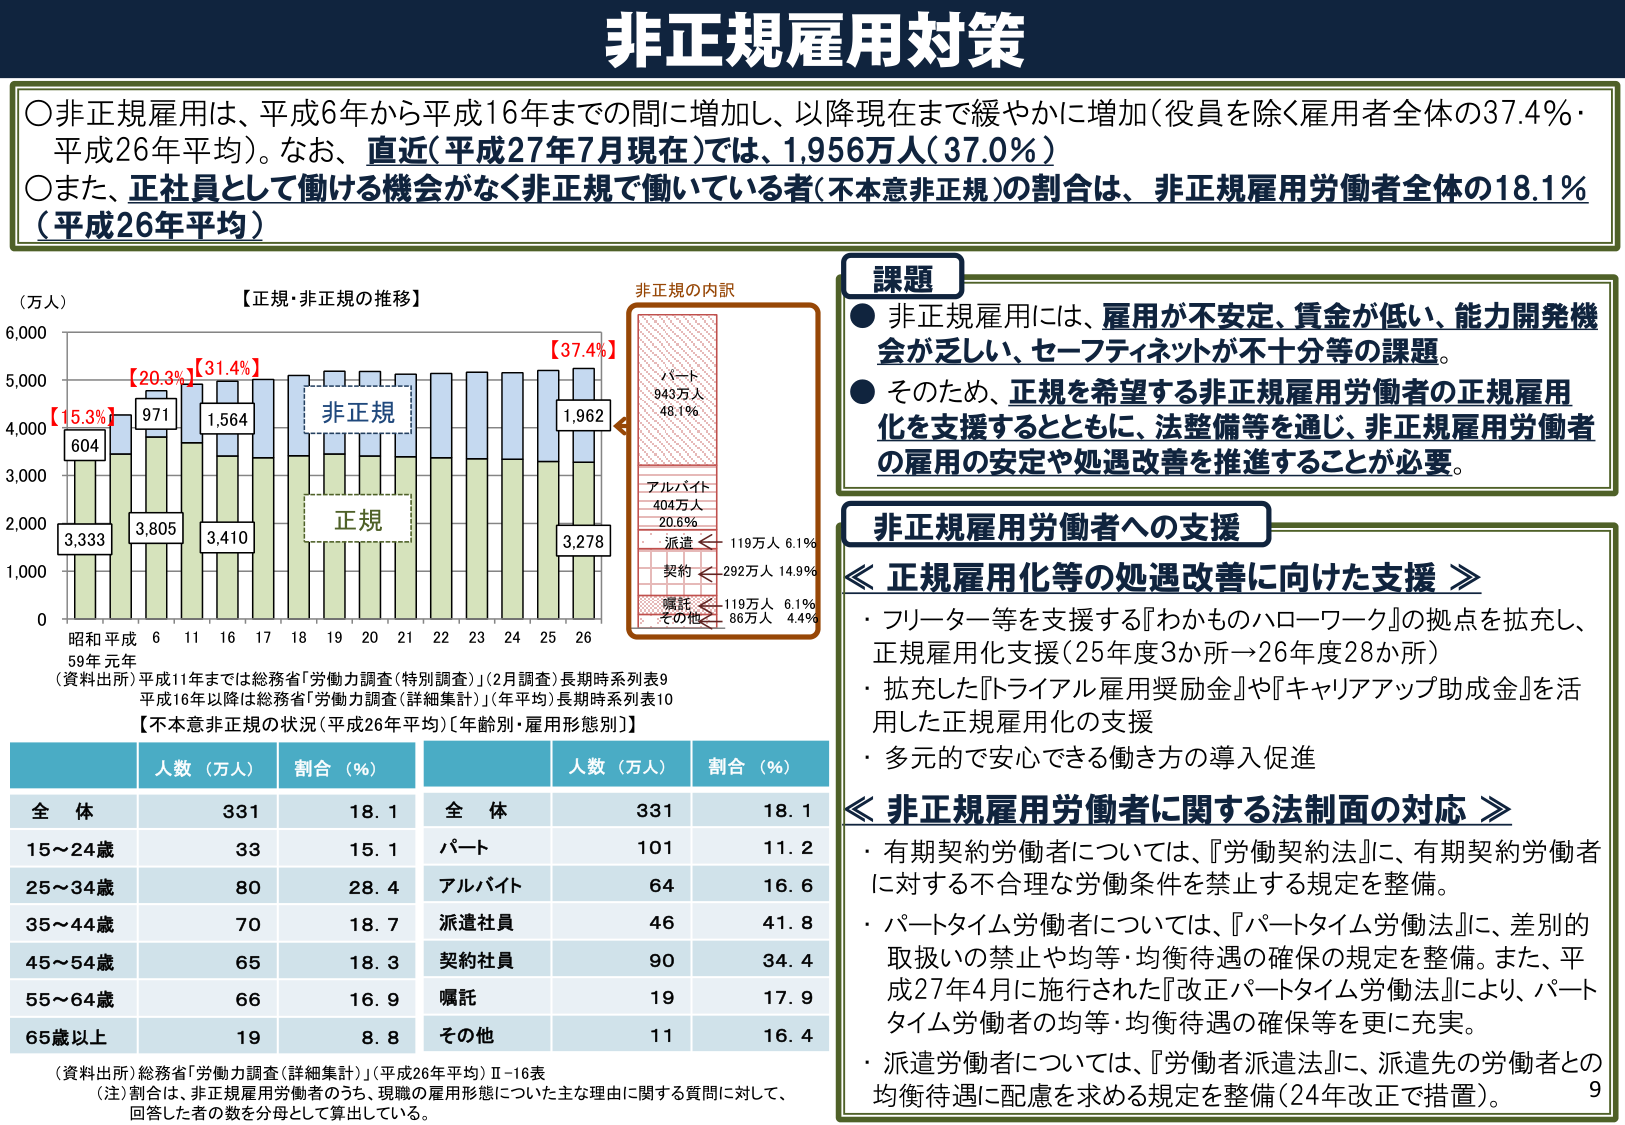
非正規雇用対策

○非正規雇用は、平成6年から平成16年までの間に増加し、以降現在まで緩やかに増加（役員を除く雇用者全体の37.4％・平成26年平均）。なお、直近（平成27年7月現在）では、1,956万人（37.0％）

○また、正社員として働ける機会がなく非正規で働いている者（不本意非正規）の割合は、非正規雇用労働者全体の18.1％（平成26年平均）

【正規・非正規の推移】
（万人）
6,000
5,000
4,000
3,000
2,000
1,000
0
昭和59年元年 平成6 11 16 17 18 19 20 21 22 23 24 25 26
【15.3%】 604 971 【20.3%】 【31.4%】 【37.4%】
3,333 3,805 3,410 1,962 3,278
非正規
正規

非正規の内訳
パート 943万人 48.1％
アルバイト 404万人 20.6％
派遣 119万人 6.1％
契約 292万人 14.9％
嘱託 119万人 6.1％
その他 86万人 4.4％

（資料出所）平成11年までは総務省「労働力調査（特別調査）」（2月調査）長期時系列表9
平成16年以降は総務省「労働力調査（詳細集計）」（年平均）長期時系列表10

【不本意非正規の状況（平成26年平均）［年齢別・雇用形態別］】

人数（万人） 割合（％）
全 体 331 18.1
15～24歳 33 15.1
25～34歳 80 28.4
35～44歳 70 18.7
45～54歳 65 18.3
55～64歳 66 16.9
65歳以上 19 8.8

人数（万人） 割合（％）
全 体 331 18.1
パート 101 11.2
アルバイト 64 16.6
派遣社員 46 41.8
契約社員 90 34.4
嘱託 19 17.9
その他 11 16.4

（資料出所）総務省「労働力調査（詳細集計）」（平成26年平均）Ⅱ-16表
（注）割合は、非正規雇用労働者のうち、現職の雇用形態について主な理由に関する質問に対して、
回答した者の数を分母として算出している。

課題
● 非正規雇用には、雇用が不安定、賃金が低い、能力開発機会が乏しい、セーフティネットが不十分等の課題。
● そのため、正規を希望する非正規雇用労働者の正規雇用化を支援するとともに、法整備等を通じ、非正規雇用労働者の雇用の安定や処遇改善を推進することが必要。

非正規雇用労働者への支援

≪ 正規雇用化等の処遇改善に向けた支援 ≫
・ フリーター等を支援する『わかものハローワーク』の拠点を拡充し、正規雇用化支援（25年度3か所→26年度28か所）
・ 拡充した『トライアル雇用奨励金』や『キャリアアップ助成金』を活用した正規雇用化の支援
・ 多元的で安心できる働き方の導入促進

≪ 非正規雇用労働者に関する法制面の対応 ≫
・ 有期契約労働者については、『労働契約法』に、有期契約労働者に対する不合理な労働条件を禁止する規定を整備。
・ パートタイム労働者については、『パートタイム労働法』に、差別的取扱いの禁止や均等・均衡待遇の確保の規定を整備。また、平成27年4月に施行された『改正パートタイム労働法』により、パートタイム労働者の均等・均衡待遇の確保等を更に充実。
・ 派遣労働者については、『労働者派遣法』に、派遣先の労働者との均衡待遇に配慮を求める規定を整備（24年改正で措置）。

9